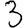
Digit: 3